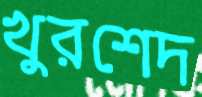
খুরশেদ